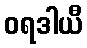
ဝရဒါယီ